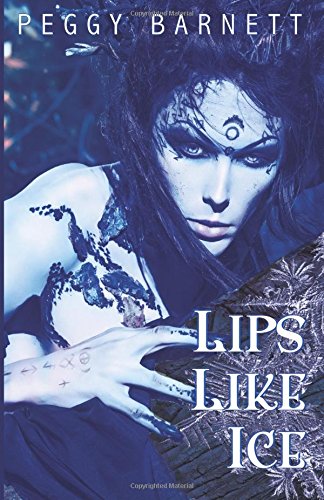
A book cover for Lips Like Ice; Peggy Barnett; Romance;